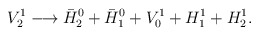
\begin{align*}V^1_2 \longrightarrow \bar{H}^0_2 +\bar{H}^0_1+V^1_0+ H^1_1+H^1_2.\end{align*}